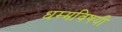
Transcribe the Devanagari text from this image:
धम्मविषयी